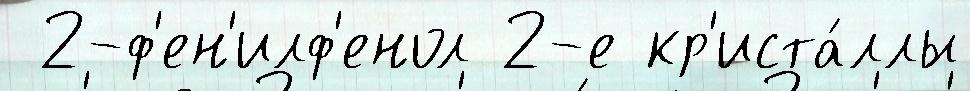
 2-ф'ен'илф'енол 2-е кр'иста́ллы